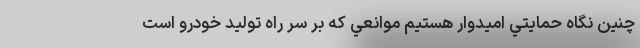
چنين نگاه حمايتي اميدوار هستيم موانعي كه بر سر راه توليد خودرو است